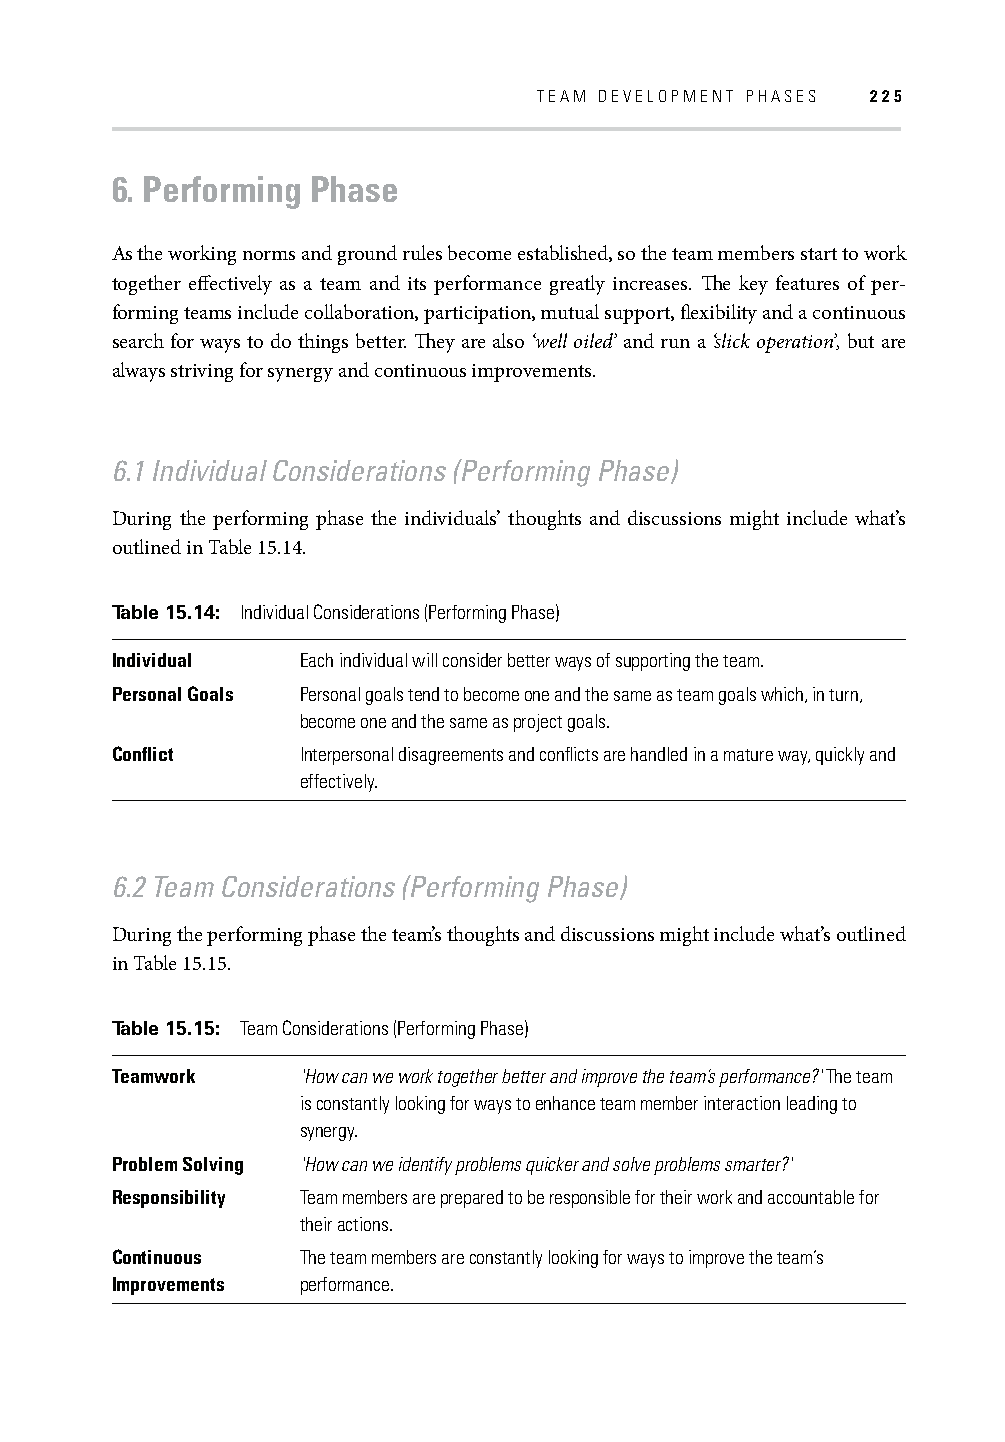
TEAM DEVELOPMENT PHASES 225
 6. Performing Phase
 As the working norms and ground rules become established, so the team members start to work
 together eff ectively as a team and its performance greatly increases. Th e key features of per-
 forming teams include collaboration, participation, mutual support, fl exibility and a continuous
 search for ways to do things better. Th ey are also ‘well oiled’ and run a ‘slick operation’, but are
 always striving for synergy and continuous improvements.
 6.1 Individual Considerations (Performing Phase)
 During the performing phase the individuals’ thoughts and discussions might include what’s
 outlined in Table 15.14.
 Table 15.14: Individual Considerations (Performing Phase)
 Individual   Each individual will consider better ways of supporting the team.
 Personal Goals Personal goals tend to become one and the same as team goals which, in turn,
 become one and the same as project goals.
 Confl ict    Interpersonal disagreements and confl icts are handled in a mature way, quickly and
 effectively.
 6.2 Team Considerations (Performing Phase)
 During the performing phase the team’s thoughts and discussions might include what’s outlined
 in Table 15.15.
 Table 15.15: Team Considerations (Performing Phase)
 Teamwork     'How can we work together better and improve the team’s performance?' The team
 is constantly looking for ways to enhance team member interaction leading to
 synergy.
 Problem Solving 'How can we identify problems quicker and solve problems smarter?'
 Responsibility Team members are prepared to be responsible for their work and accountable for
 their actions.
 Continuous   The team members are constantly looking for ways to improve the team’s
 Improvements performance.